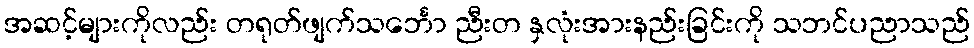
အဆင့်များကိုလည်း တရုတ်ဖျက်သင်္ဘော ညီးတ နှလုံးအားနည်းခြင်းကို သဘင်ပညာသည်